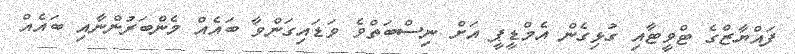
ފައްޔާޒްގެ ޓްވީޓާއި ގުޅިގެން އެމްޑީޕީ އަށް ނިސްބަތްވެ ވަޑައިގަންވާ ބައެއް މެންބަރުންނާއި ބައެއް